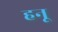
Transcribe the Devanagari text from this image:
हनू